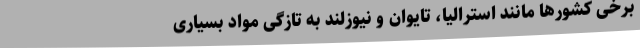
برخی کشورها مانند استرالیا، تایوان و نیوزلند به تازگی مواد بسیاری